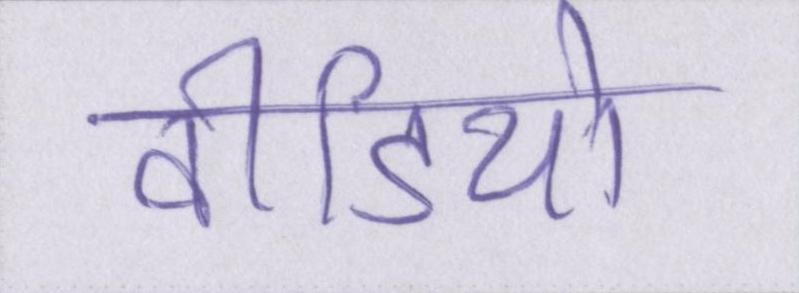
वीडियो